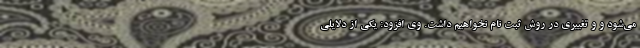
می‌شود و و تغییری در روش ثبت نام نخواهیم داشت. وی افزود: یکی از دلایلی